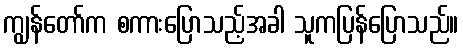
ကျွန်တော်က စကားပြောသည့်အခါ သူကပြန်ပြောသည်။